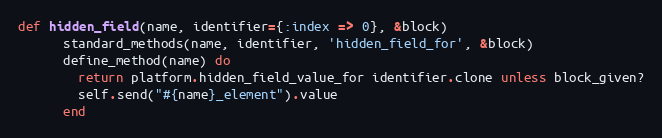
Language: Ruby
def hidden_field(name, identifier={:index => 0}, &block)
      standard_methods(name, identifier, 'hidden_field_for', &block)
      define_method(name) do
        return platform.hidden_field_value_for identifier.clone unless block_given?
        self.send("#{name}_element").value
      end